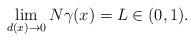
LaTeX: \begin{align*}\lim_{d(x)\rightarrow 0}N\gamma (x)=L\in (0,1). \end{align*}